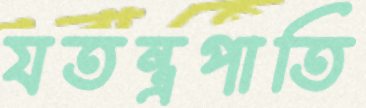
যতন্ত্রপাতি